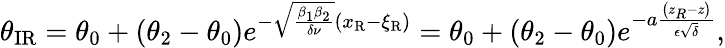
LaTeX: \theta_{\mathrm{IR}}=\theta_{0}+\left(\theta_{2}-\theta_{0}\right)e^{-\sqrt{\frac{\beta_{1}\beta_{2}}{\delta\nu}}\left(x_{\mathrm{{R}}}-\xi_{\mathrm{R}}\right)}=\theta_{0}+\left(\theta_{2}-\theta_{0}\right)e^{-a\frac{\left(z_{R}-z\right)}{\epsilon\sqrt{\delta}}},